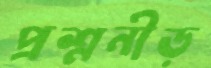
প্রশ্ননীড়